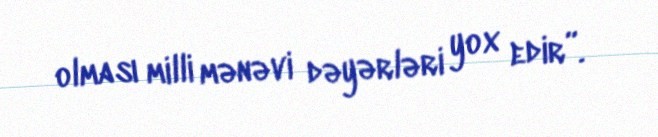
olması milli mənəvi dəyərləri yox edir”.